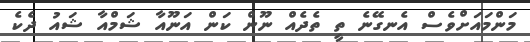
މަންމައަށްވެސް އެނގޭނެ ތީ ތެދެއް ނޫން ކަން އަނޫއާ ޝަމްއާ ޝައު ދެކެ